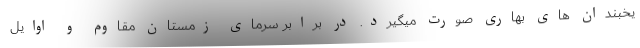
یخبندان های بهاری صورت میگیرد. در برابر سرمای زمستان مقاوم و اوایل